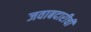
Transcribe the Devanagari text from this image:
जवाबदारीची